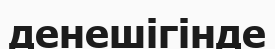
денешігінде